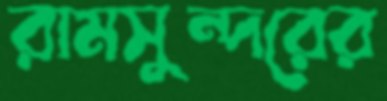
রামসুন্দরের